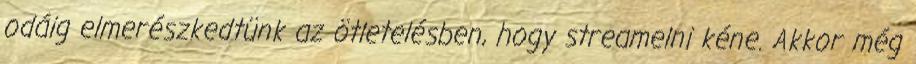
odáig elmerészkedtünk az ötletelésben, hogy streamelni kéne. Akkor még